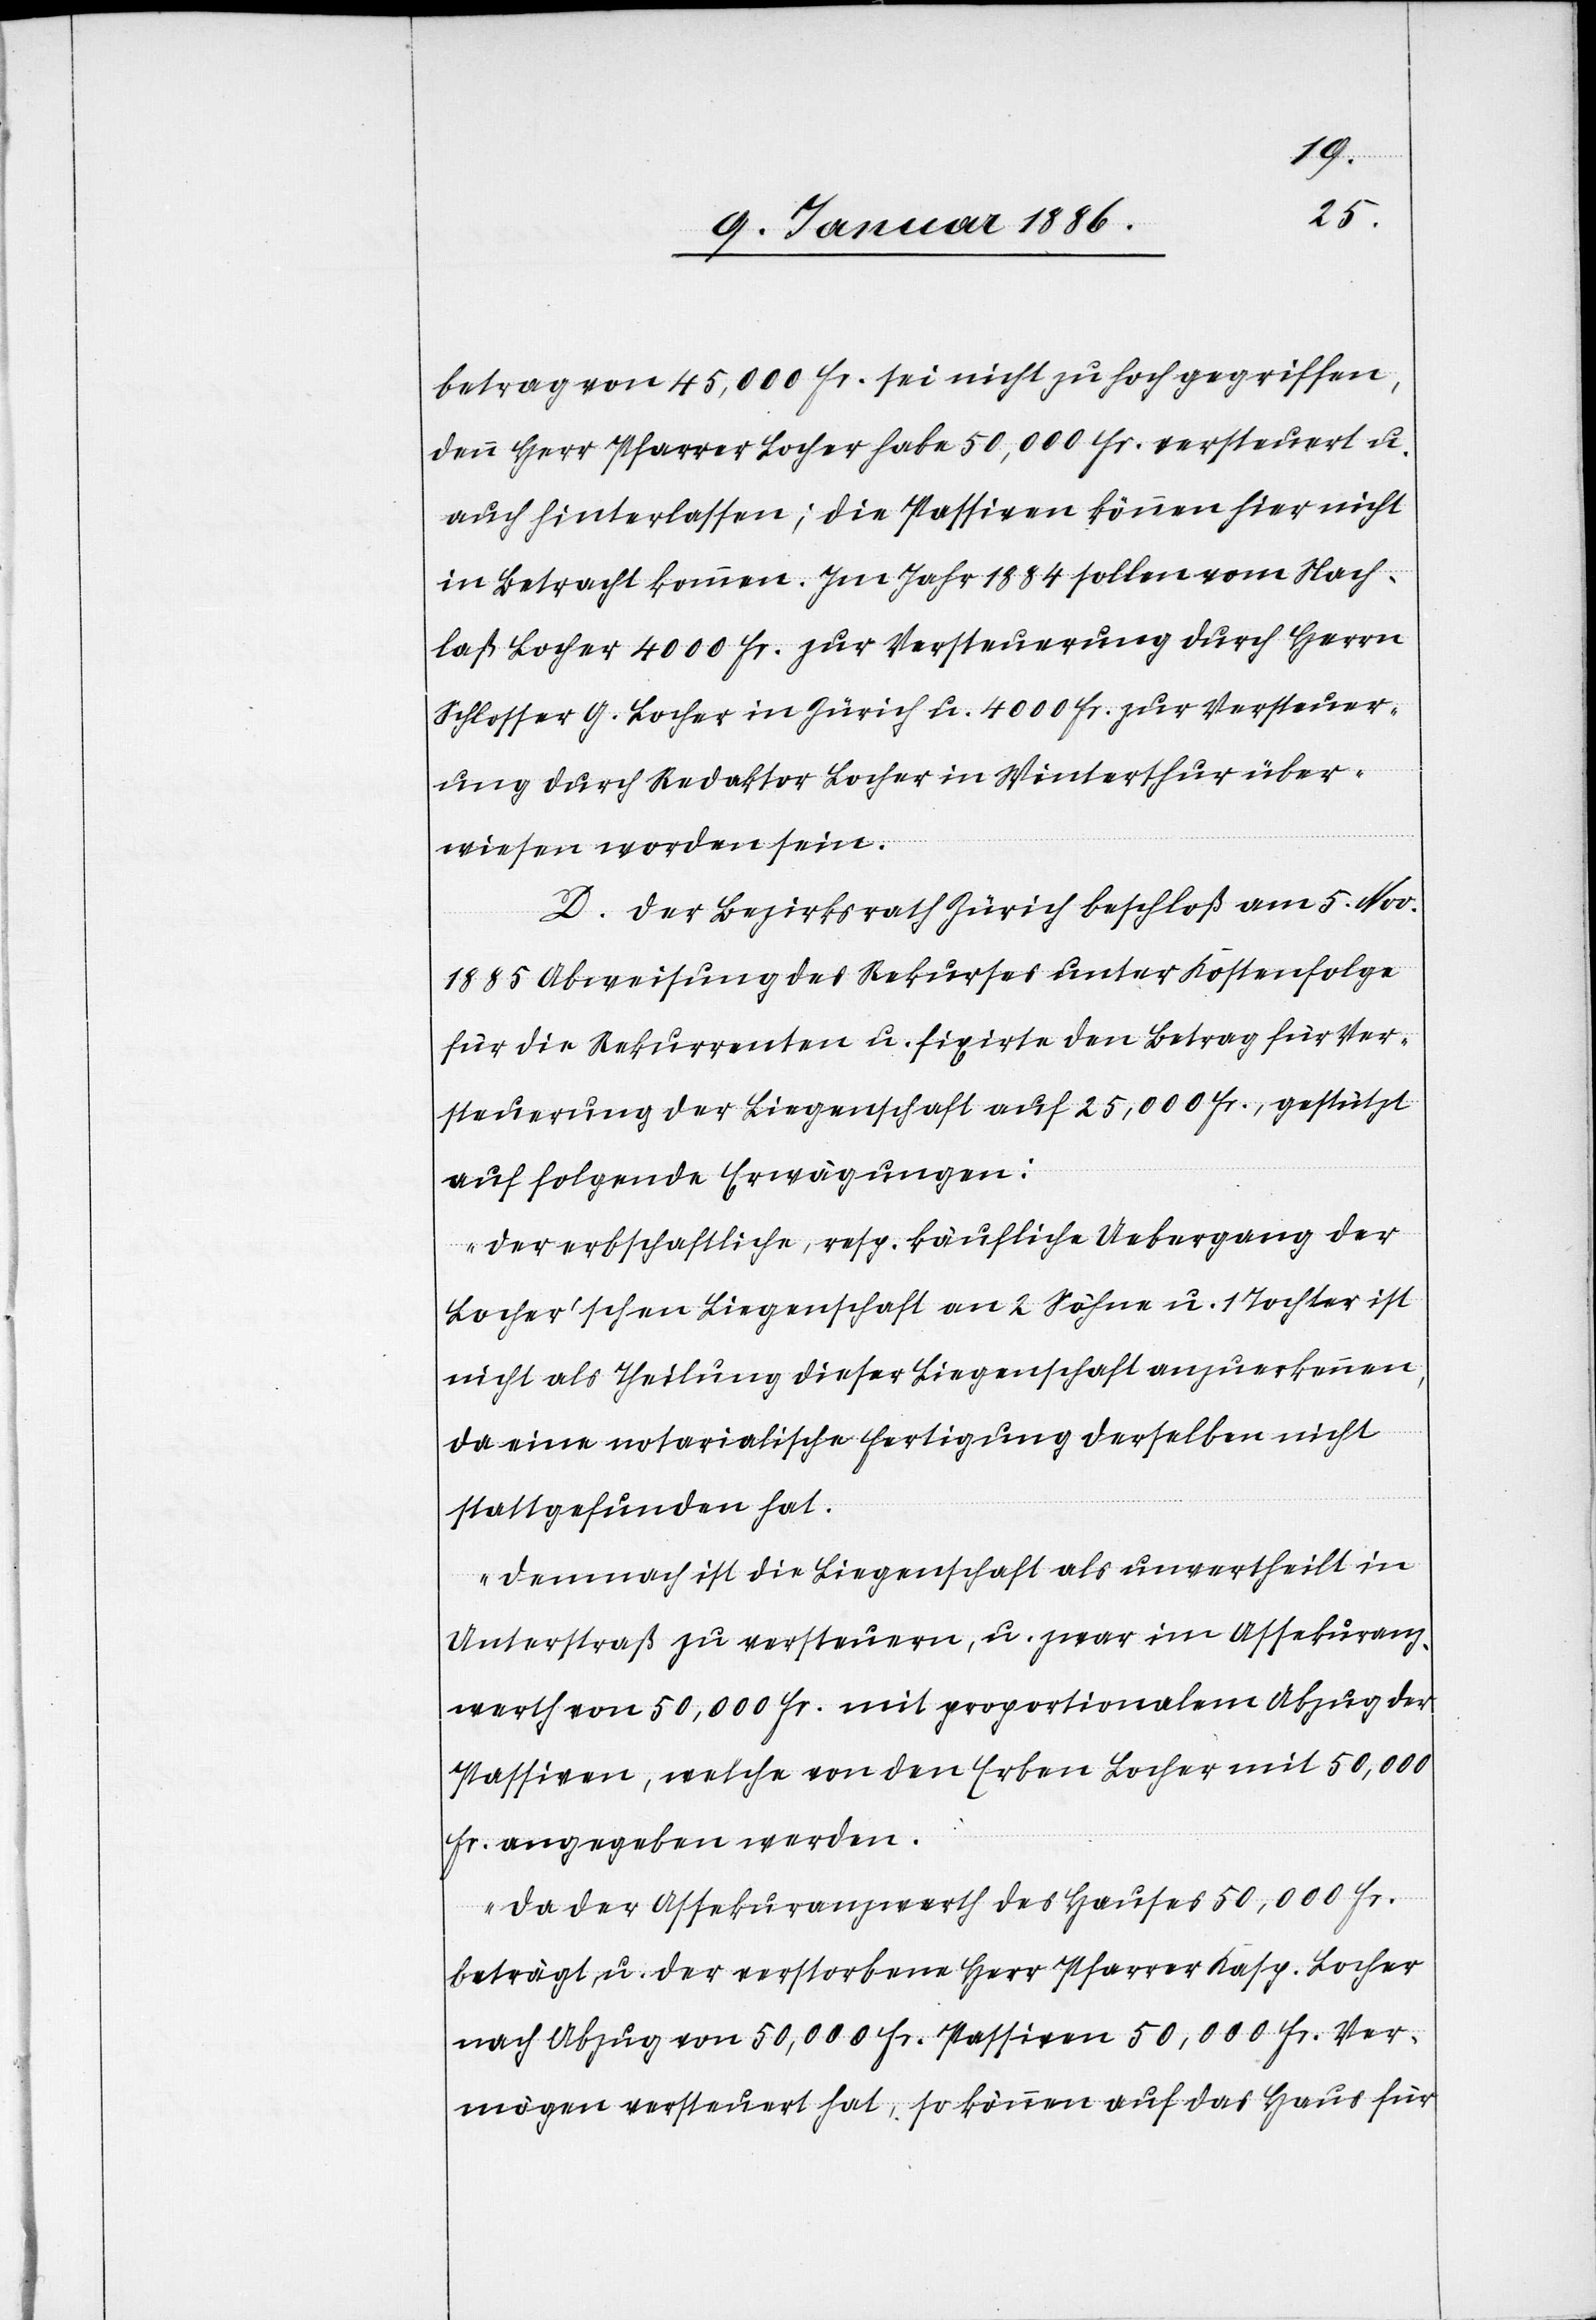
betrag von 45,000 Fr. sei nicht zu hoch gegriffen,
denn Herr Pfarrer Locher habe 50,000 Fr. versteuert u.
auch hinterlassen; die Passiven können hier nicht
in Betracht kommen. Im Jahr 1884 sollen vom Nach¬
laß Locher 4000 Fr. zur Versteuerung durch Herrn
Schlosser H. Locher in Zürich u. 4000 Fr. zur Versteuer¬
ung durch Redaktor Locher in Winterthur über¬
wiesen worden sein.
D. Der Bezirksrath Zürich beschloß am 5. Nov.
1885 Abweisung des Rekurses unter Kostenfolge
für die Rekurrenten u. fixirte den Betrag für Ver¬
steuerung der Liegenschaft auf 25,000 Fr., gestützt
auf folgende Erwägungen:
„Der erbschaftliche, resp. käufliche Uebergang der
Locher’schen Liegenschaft an 2 Söhne u. 1 Tochter ist
nicht als Theilung dieser Liegenschaft anzuerkennen,
da eine notarialische Fertigung derselben nicht
stattgefunden hat.
Demnach ist die Liegenschaft als unvertheilt in
Unterstraß zu versteuern, u. zwar im Assekuranz¬
werth von 50,000 Fr. mit proportionalen Abzug der
Passiven, welche von den Erben Locher mit 50,000
Fr. angegeben werden.
Da der Assekuranzwerth des Hauses 50,000 Fr.
beträgt, u. der verstorbene Herr Pfarrer Kasp. Locher
nach Abzug von 50,000 Fr. Passiven 50,000 Fr. Ver¬
mögen versteuert hat, so können auf das Haus für